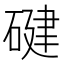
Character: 𮀴